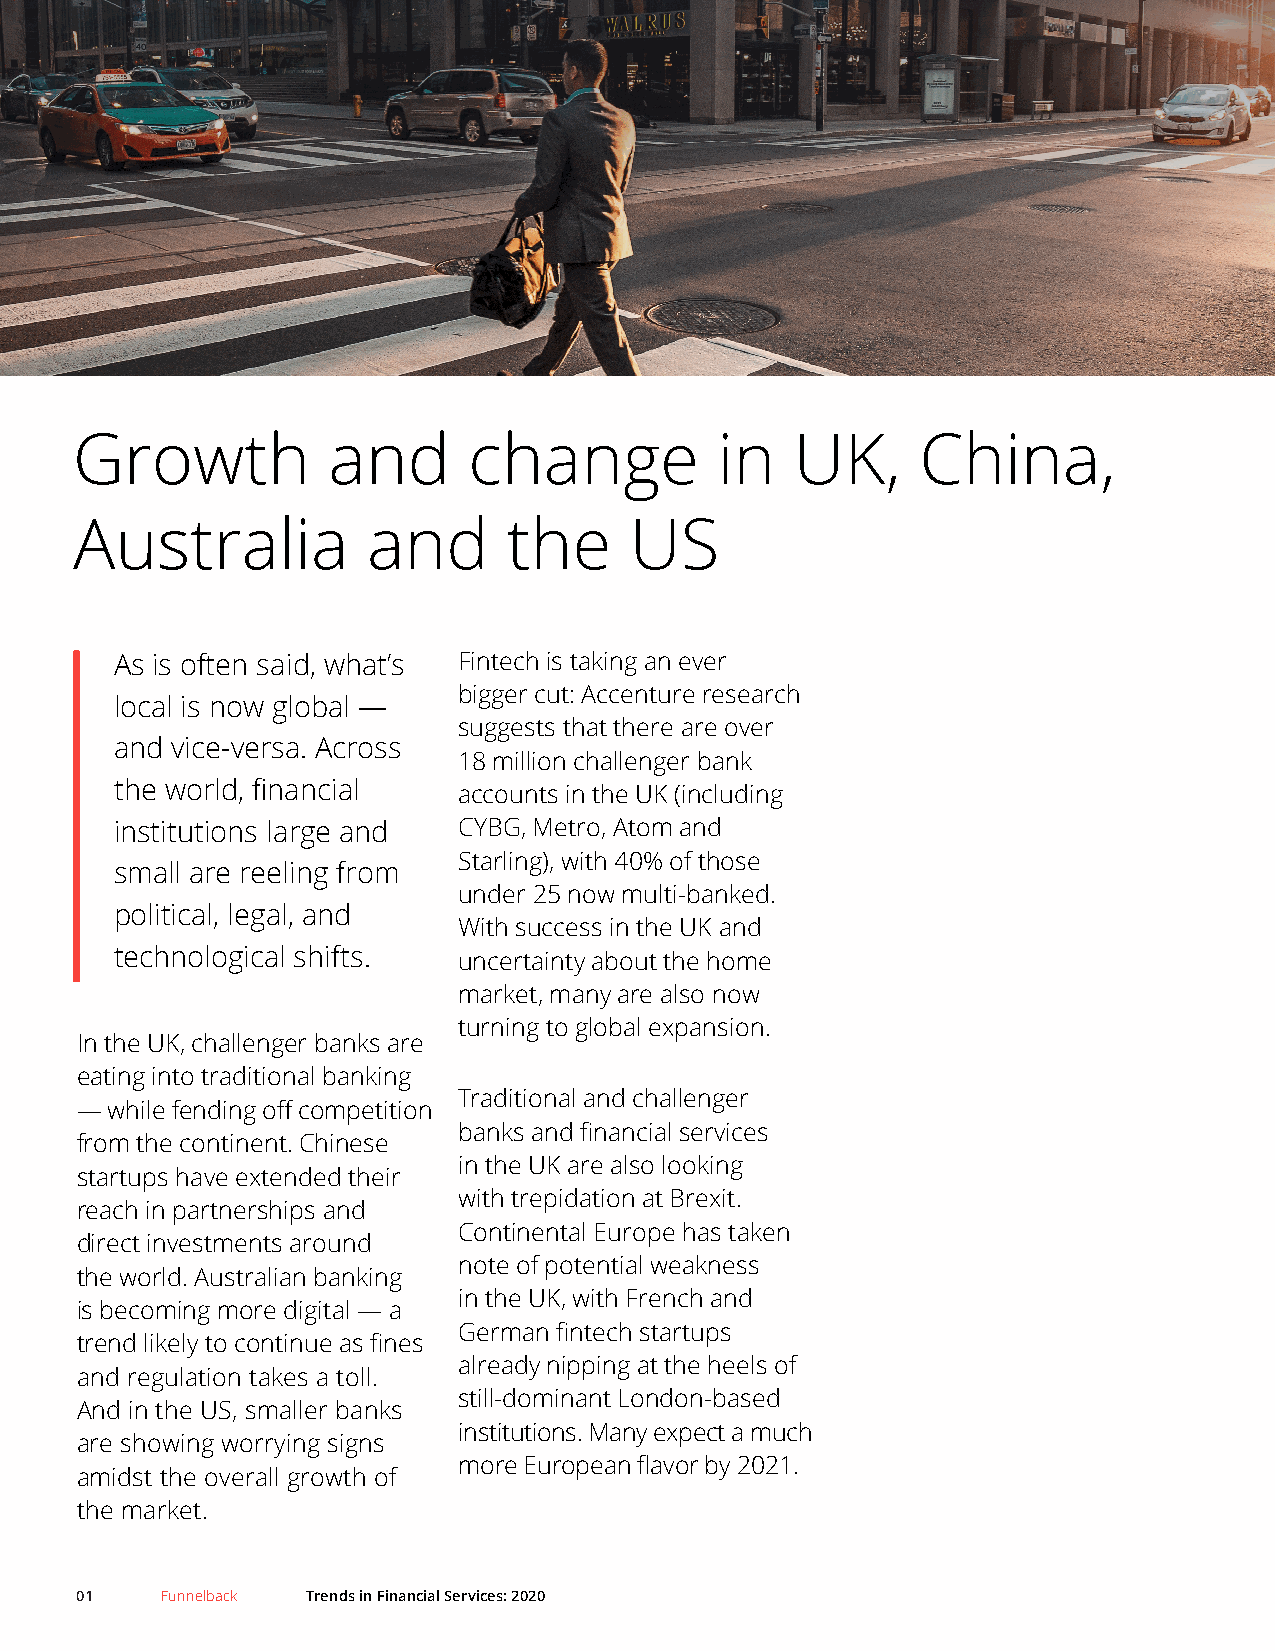
Growth           and      change          in    UK,     China,
 Australia          and       the     US
 As is often said, what’s Fintech is taking an ever
 bigger cut: Accenture research
 local is now global —
 suggests that there are over
 and vice-versa. Across
 18 million challenger bank
 the world, financial  accounts in the UK (including
 institutions large and CYBG, Metro, Atom and
 Starling), with 40% of those
 small are reeling from
 under 25 now multi-banked.
 political, legal, and
 With success in the UK and
 technological shifts. uncertainty about the home
 market, many are also now
 turning to global expansion.
 In the UK, challenger banks are
 eating into traditional banking
 Traditional and challenger
 — while fending off competition
 banks and financial services
 from the continent. Chinese
 in the UK are also looking
 startups have extended their
 with trepidation at Brexit.
 reach in partnerships and
 Continental Europe has taken
 direct investments around
 note of potential weakness
 the world. Australian banking
 in the UK, with French and
 is becoming more digital — a
 German fintech startups
 trend likely to continue as fines
 already nipping at the heels of
 and regulation takes a toll.
 still-dominant London-based
 And in the US, smaller banks
 institutions. Many expect a much
 are showing worrying signs
 more European flavor by 2021.
 amidst the overall growth of
 the market.
 01    Funnelback Trends in Financial Services: 2020